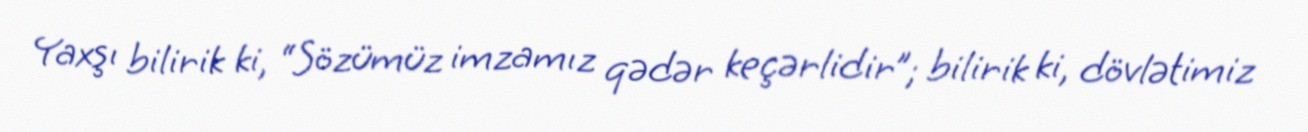
Yaxşı bilirik ki, “Sözümüz imzamız qədər keçərlidir”; bilirik ki, dövlətimiz